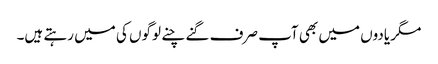
مگر یادوں میں بھی آپ صرف گنے چنے لوگوں کی میں رہتے ہیں۔